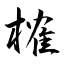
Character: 榷